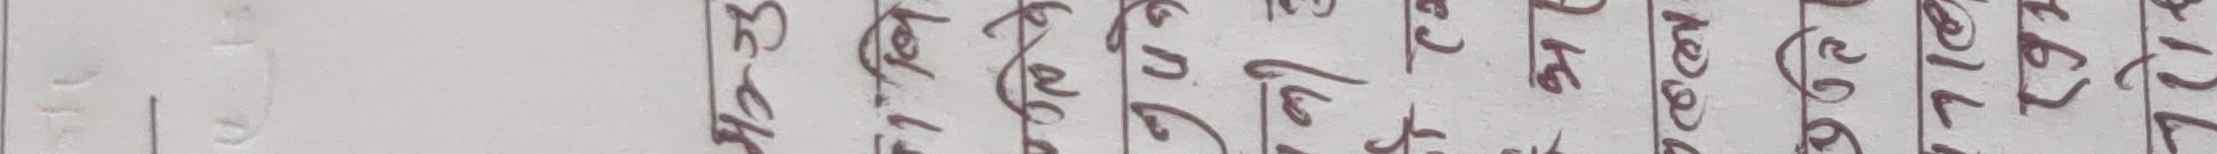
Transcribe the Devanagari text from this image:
३ ठ ल प मो १ ७ ८ ४ १
३ ठे ल प को ८ ८ ७ ६ ७
३ ज ले प के ८ ७ ९ ४ १
३ ज ल प व ८ ७ ७ ४ १
३ ठ ल पे ग ८ ७ ७ ४ ७
३ ज ले प को ८ ७ ८ ४ ७